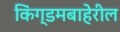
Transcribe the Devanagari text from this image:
किंग्डमबाहेरील